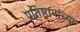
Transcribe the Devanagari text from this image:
प्रतिष्ठानांच्या